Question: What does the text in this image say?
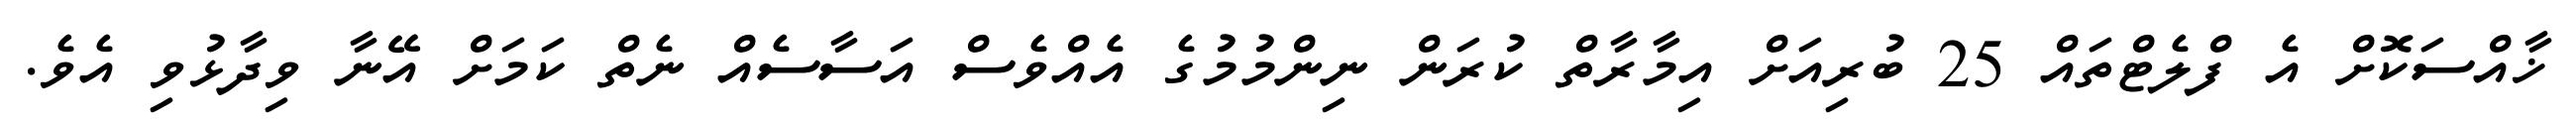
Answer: ޚާއްސަކޮށް އެ ފްލެޓްތައް 25 ބުރިއަށް އިމާރާތް ކުރަން ނިންމުމުގެ އެއްވެސް އަސާސެއް ނެތް ކަމަށް އޭނާ ވިދާޅުވި އެވެ.